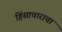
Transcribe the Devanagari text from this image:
हिंसाचाराचा